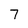
Character: 7